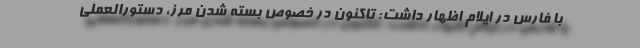
با فارس در ایلام اظهار داشت: تاکنون در خصوص بسته شدن مرز، دستورالعملی